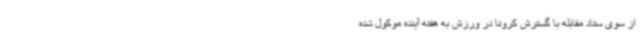
از سوی ستاد مقابله با گسترش کرونا در ورزش به هفته آینده موکول شده